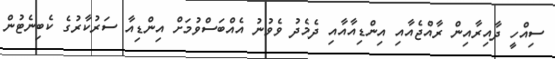
ސިއްހީ ދާއިރާއިން ރާއްޖެއާއި އިންޑިއާއާއި ދެމެދު ވެވުނު އެއްބަސްވުމަށް އިންޑިއާ ސަރުކާރުގެ ކެބިނެޓުން